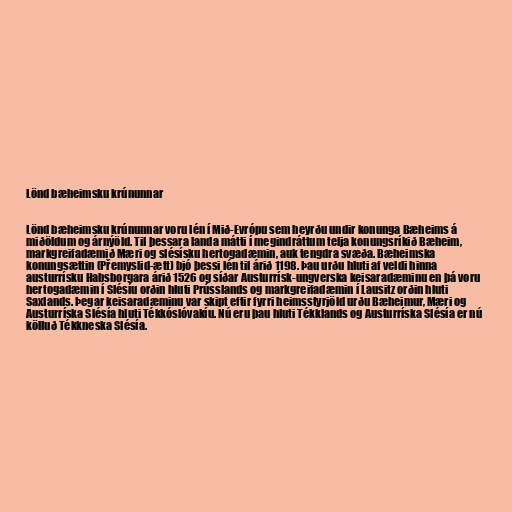
Lönd bæheimsku krúnunnar

Lönd bæheimsku krúnunnar voru lén í Mið-Evrópu sem heyrðu undir konunga Bæheims á
miðöldum og árnýöld. Til þessara landa mátti í megindráttum telja konungsríkið Bæheim,
markgreifadæmið Mæri og slésísku hertogadæmin, auk tengdra svæða. Bæheimska
konungsættin (Přemyslid-ætt) bjó þessi lén til árið 1198. Þau urðu hluti af veldi hinna
austurrísku Habsborgara árið 1526 og síðar Austurrísk-ungverska keisaradæminu en þá voru
hertogadæmin í Slésíu orðin hluti Prússlands og markgreifadæmin í Lausitz orðin hluti
Saxlands. Þegar keisaradæminu var skipt eftir fyrri heimsstyrjöld urðu Bæheimur, Mæri og
Austurríska Slésía hluti Tékkóslóvakíu. Nú eru þau hluti Tékklands og Austurríska Slésía er nú
kölluð Tékkneska Slésía.